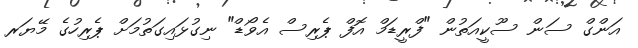
އަންގް ސަން ސޫކީއަތުން "ފްރީޑަމް އޮފް ޕެރިސް އެވޯޑް" ނިގުޅައިގަތުމަށް ޕެރިހުގެ މޭޔަރ